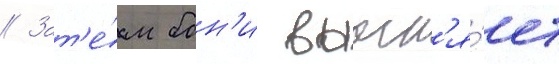
// Зат'е́м бон'и выасн'я́ет